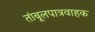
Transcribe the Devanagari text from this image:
तांबूलपात्रवाहक